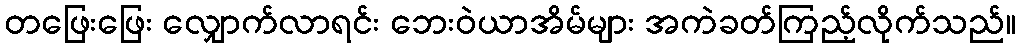
တဖြေးဖြေး လျှောက်လာရင်း ဘေးဝဲယာအိမ်များ အကဲခတ်ကြည့်လိုက်သည်။